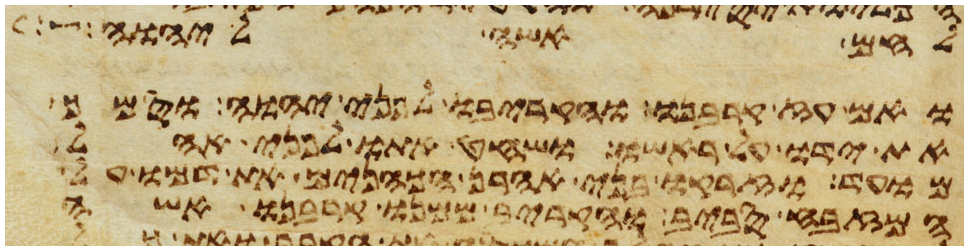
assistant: לחם אשה ליהוה
ואם עז קרבנו והקריבו לפני יהוה וסמך
את ידו על ראשו ושחט אתו לפני אהל
מועד וזרקו בני אהרן הכהנים את דמו על
המזבח סביב והקריב ממנו קרבנו אשה